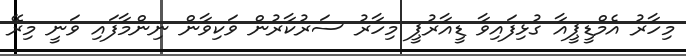
މިހާރު އެމްޑީޕީއާ ގުޅިފައިވާ ޑީއާރުޕީ މިހާރު ސަރުކާރުން ވަކިވާން ނިންމާފައި ވަނީ މިރޭ